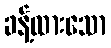
ခန့်ထားသော